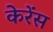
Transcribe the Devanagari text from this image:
केरेंस